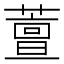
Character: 䕊